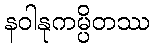
နဝါနုကမ္ပိတဿ